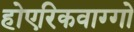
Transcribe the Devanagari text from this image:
होएरिकवाग्गो